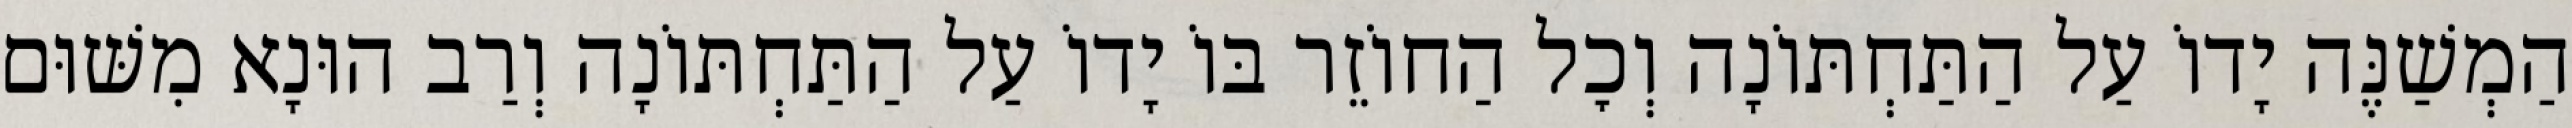
הַמְשַׁנֶּה יָדוֹ עַל הַתַּחְתּוֹנָה וְכׇל הַחוֹזֵר בּוֹ יָדוֹ עַל הַתַּחְתּוֹנָה וְרַב הוּנָא מִשּׁוּם